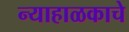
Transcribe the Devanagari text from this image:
न्याहाळकाचे